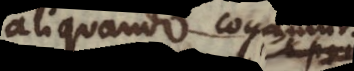
aliquando non